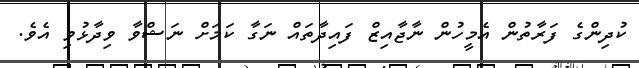
ކުދިންގެ ފަރާތުން އެމީހުން ނާޖާއިޒް ފައިދާތައް ނަގާ ކަމަށް ނަޝްވާ ވިދާޅުވި އެވެ.